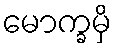
မောက္ခမှိ